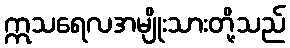
ဣသရေလအမျိုးသားတို့သည်